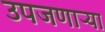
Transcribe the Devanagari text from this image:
उपजणाऱ्या